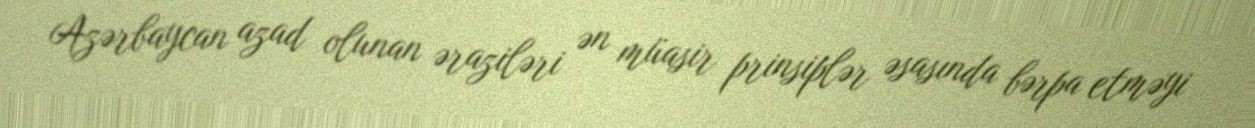
Azərbaycan azad olunan əraziləri ən müasir prinsiplər əsasında bərpa etməyi